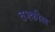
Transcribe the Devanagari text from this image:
तश्कील